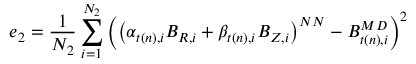
e _ { 2 } = \frac { 1 } { N _ { 2 } } \sum _ { i = 1 } ^ { N _ { 2 } } \left( \left( \alpha _ { t ( n ) , i } B _ { R , i } + \beta _ { t ( n ) , i } B _ { Z , i } \right) ^ { N N } - B _ { t ( n ) , i } ^ { M D } \right) ^ { 2 }